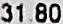
31.80